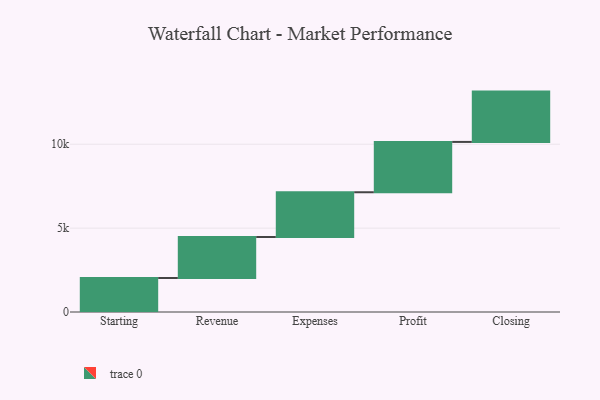
{"axis": {"x": "Step", "y": "Value"}, "legend": [""], "data": [{"x": "Starting", "y": 2027.0, "type": ""}, {"x": "Revenue", "y": 2443.0, "type": ""}, {"x": "Expenses", "y": 2669.0, "type": ""}, {"x": "Profit", "y": 3000, "type": ""}, {"x": "Closing", "y": 3000, "type": ""}]}